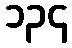
၁၃၄